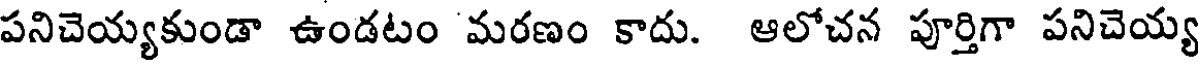
పనిచెయ్యకుండా ఉండటం మరణం కాదు. ఆలోచన పూర్తిగా పనిచెయ్య